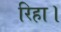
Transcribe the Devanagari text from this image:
रिहा।